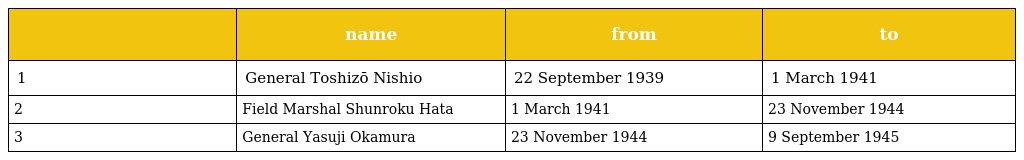
|  | name | from | to |
 | --- | --- | --- | --- |
 | 1 | General Toshizō Nishio | 22 September 1939 | 1 March 1941 |
 | 2 | Field Marshal Shunroku Hata | 1 March 1941 | 23 November 1944 |
 | 3 | General Yasuji Okamura | 23 November 1944 | 9 September 1945 |